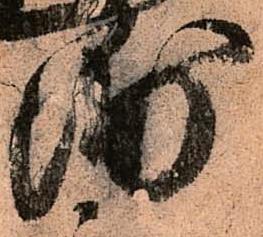
浦